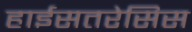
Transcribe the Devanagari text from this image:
हाईसतरेसिस